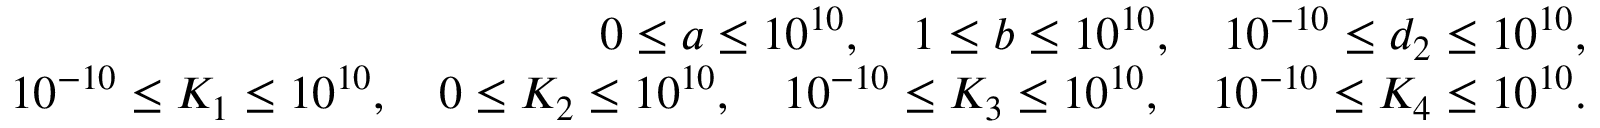
\begin{array} { r } { 0 \leq a \leq 1 0 ^ { 1 0 } , \quad 1 \leq b \leq 1 0 ^ { 1 0 } , \quad 1 0 ^ { - 1 0 } \le d _ { 2 } \le 1 0 ^ { 1 0 } , } \\ { 1 0 ^ { - 1 0 } \leq K _ { 1 } \leq 1 0 ^ { 1 0 } , \quad 0 \leq K _ { 2 } \leq 1 0 ^ { 1 0 } , \quad 1 0 ^ { - 1 0 } \leq K _ { 3 } \leq 1 0 ^ { 1 0 } , \quad 1 0 ^ { - 1 0 } \leq K _ { 4 } \leq 1 0 ^ { 1 0 } . } \end{array}